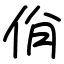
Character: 佾